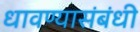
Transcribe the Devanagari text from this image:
धावण्यासंबंधी